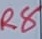
Text: R8